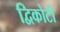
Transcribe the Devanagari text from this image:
द्विकोटी